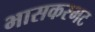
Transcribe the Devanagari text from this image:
भासकरभट